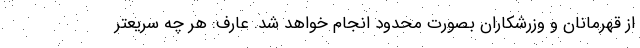
از قهرمانان و وزرشکاران بصورت محدود انجام خواهد شد. عارف: هر چه سریعتر